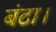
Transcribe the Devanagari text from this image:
बंटा।